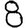
Digit: 8